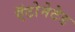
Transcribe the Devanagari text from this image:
ऍटोमेटेड